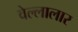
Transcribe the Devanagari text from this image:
वेल्लालार